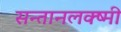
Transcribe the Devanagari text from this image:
सन्तानलक्ष्मी